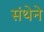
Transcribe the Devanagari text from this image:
संथेने